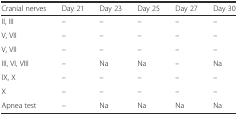
<table><thead><tr><td><b>Cranial nerves</b></td><td><b>Day 21</b></td><td><b>Day 23</b></td><td><b>Day 25</b></td><td><b>Day 27</b></td><td><b>Day 30</b></td></tr></thead><tbody><tr><td>II, III</td><td>–</td><td>–</td><td>–</td><td>–</td><td>–</td></tr><tr><td>V, VII</td><td>–</td><td>–</td><td>–</td><td>–</td><td>–</td></tr><tr><td>V, VII</td><td>–</td><td>–</td><td>–</td><td>–</td><td>–</td></tr><tr><td>III, VI, VIII</td><td>–</td><td>Na</td><td>Na</td><td>–</td><td>Na</td></tr><tr><td>IX, X</td><td>–</td><td>–</td><td>–</td><td>–</td><td>–</td></tr><tr><td>X</td><td>–</td><td>–</td><td>–</td><td>–</td><td>–</td></tr><tr><td>Apnea test</td><td>–</td><td>Na</td><td>Na</td><td>Na</td><td>Na</td></tr></tbody></table>